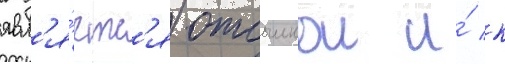
явл'я́етс'я отсылкои и́ к